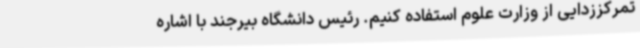
تمرکززدایی از وزارت علوم استفاده کنیم. رئیس دانشگاه بیرجند با اشاره